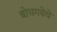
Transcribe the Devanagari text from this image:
बोधगयेचे